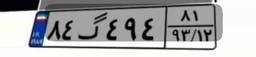
۸۴گ۴۹۴۸۱